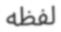
لفظه